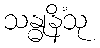
သန္ဓုနိံသု